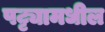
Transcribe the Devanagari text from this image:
पट्ट्यामधील